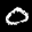
Label: 0